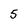
Character: 5